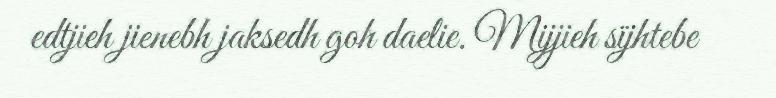
edtjieh jienebh jaksedh goh daelie. Mijjieh sïjhtebe